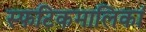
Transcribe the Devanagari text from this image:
स्फटिकमालिकां